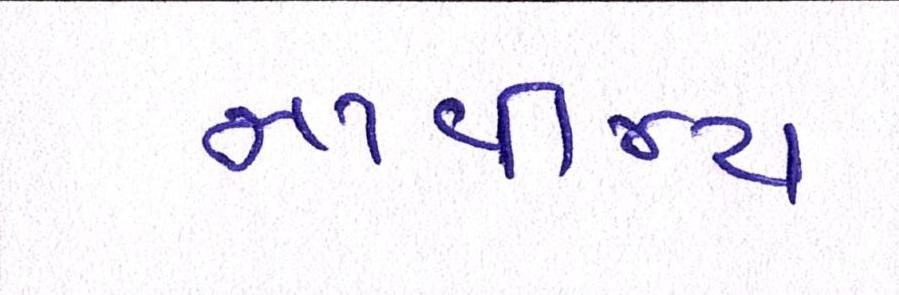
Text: નાવીન્ય